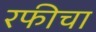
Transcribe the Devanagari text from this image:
रफीचा